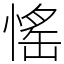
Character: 愮